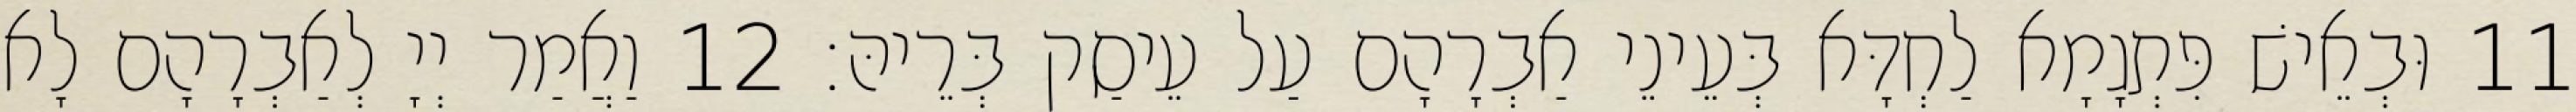
11 וּבְאֵישׁ פִּתְגָמָא לַחְדָּא בְּעֵינֵי אַבְרָהָם עַל עֵיסַק בְּרֵיהּ׃ 12 וַאֲמַר יְיָ לְאַבְרָהָם לָא